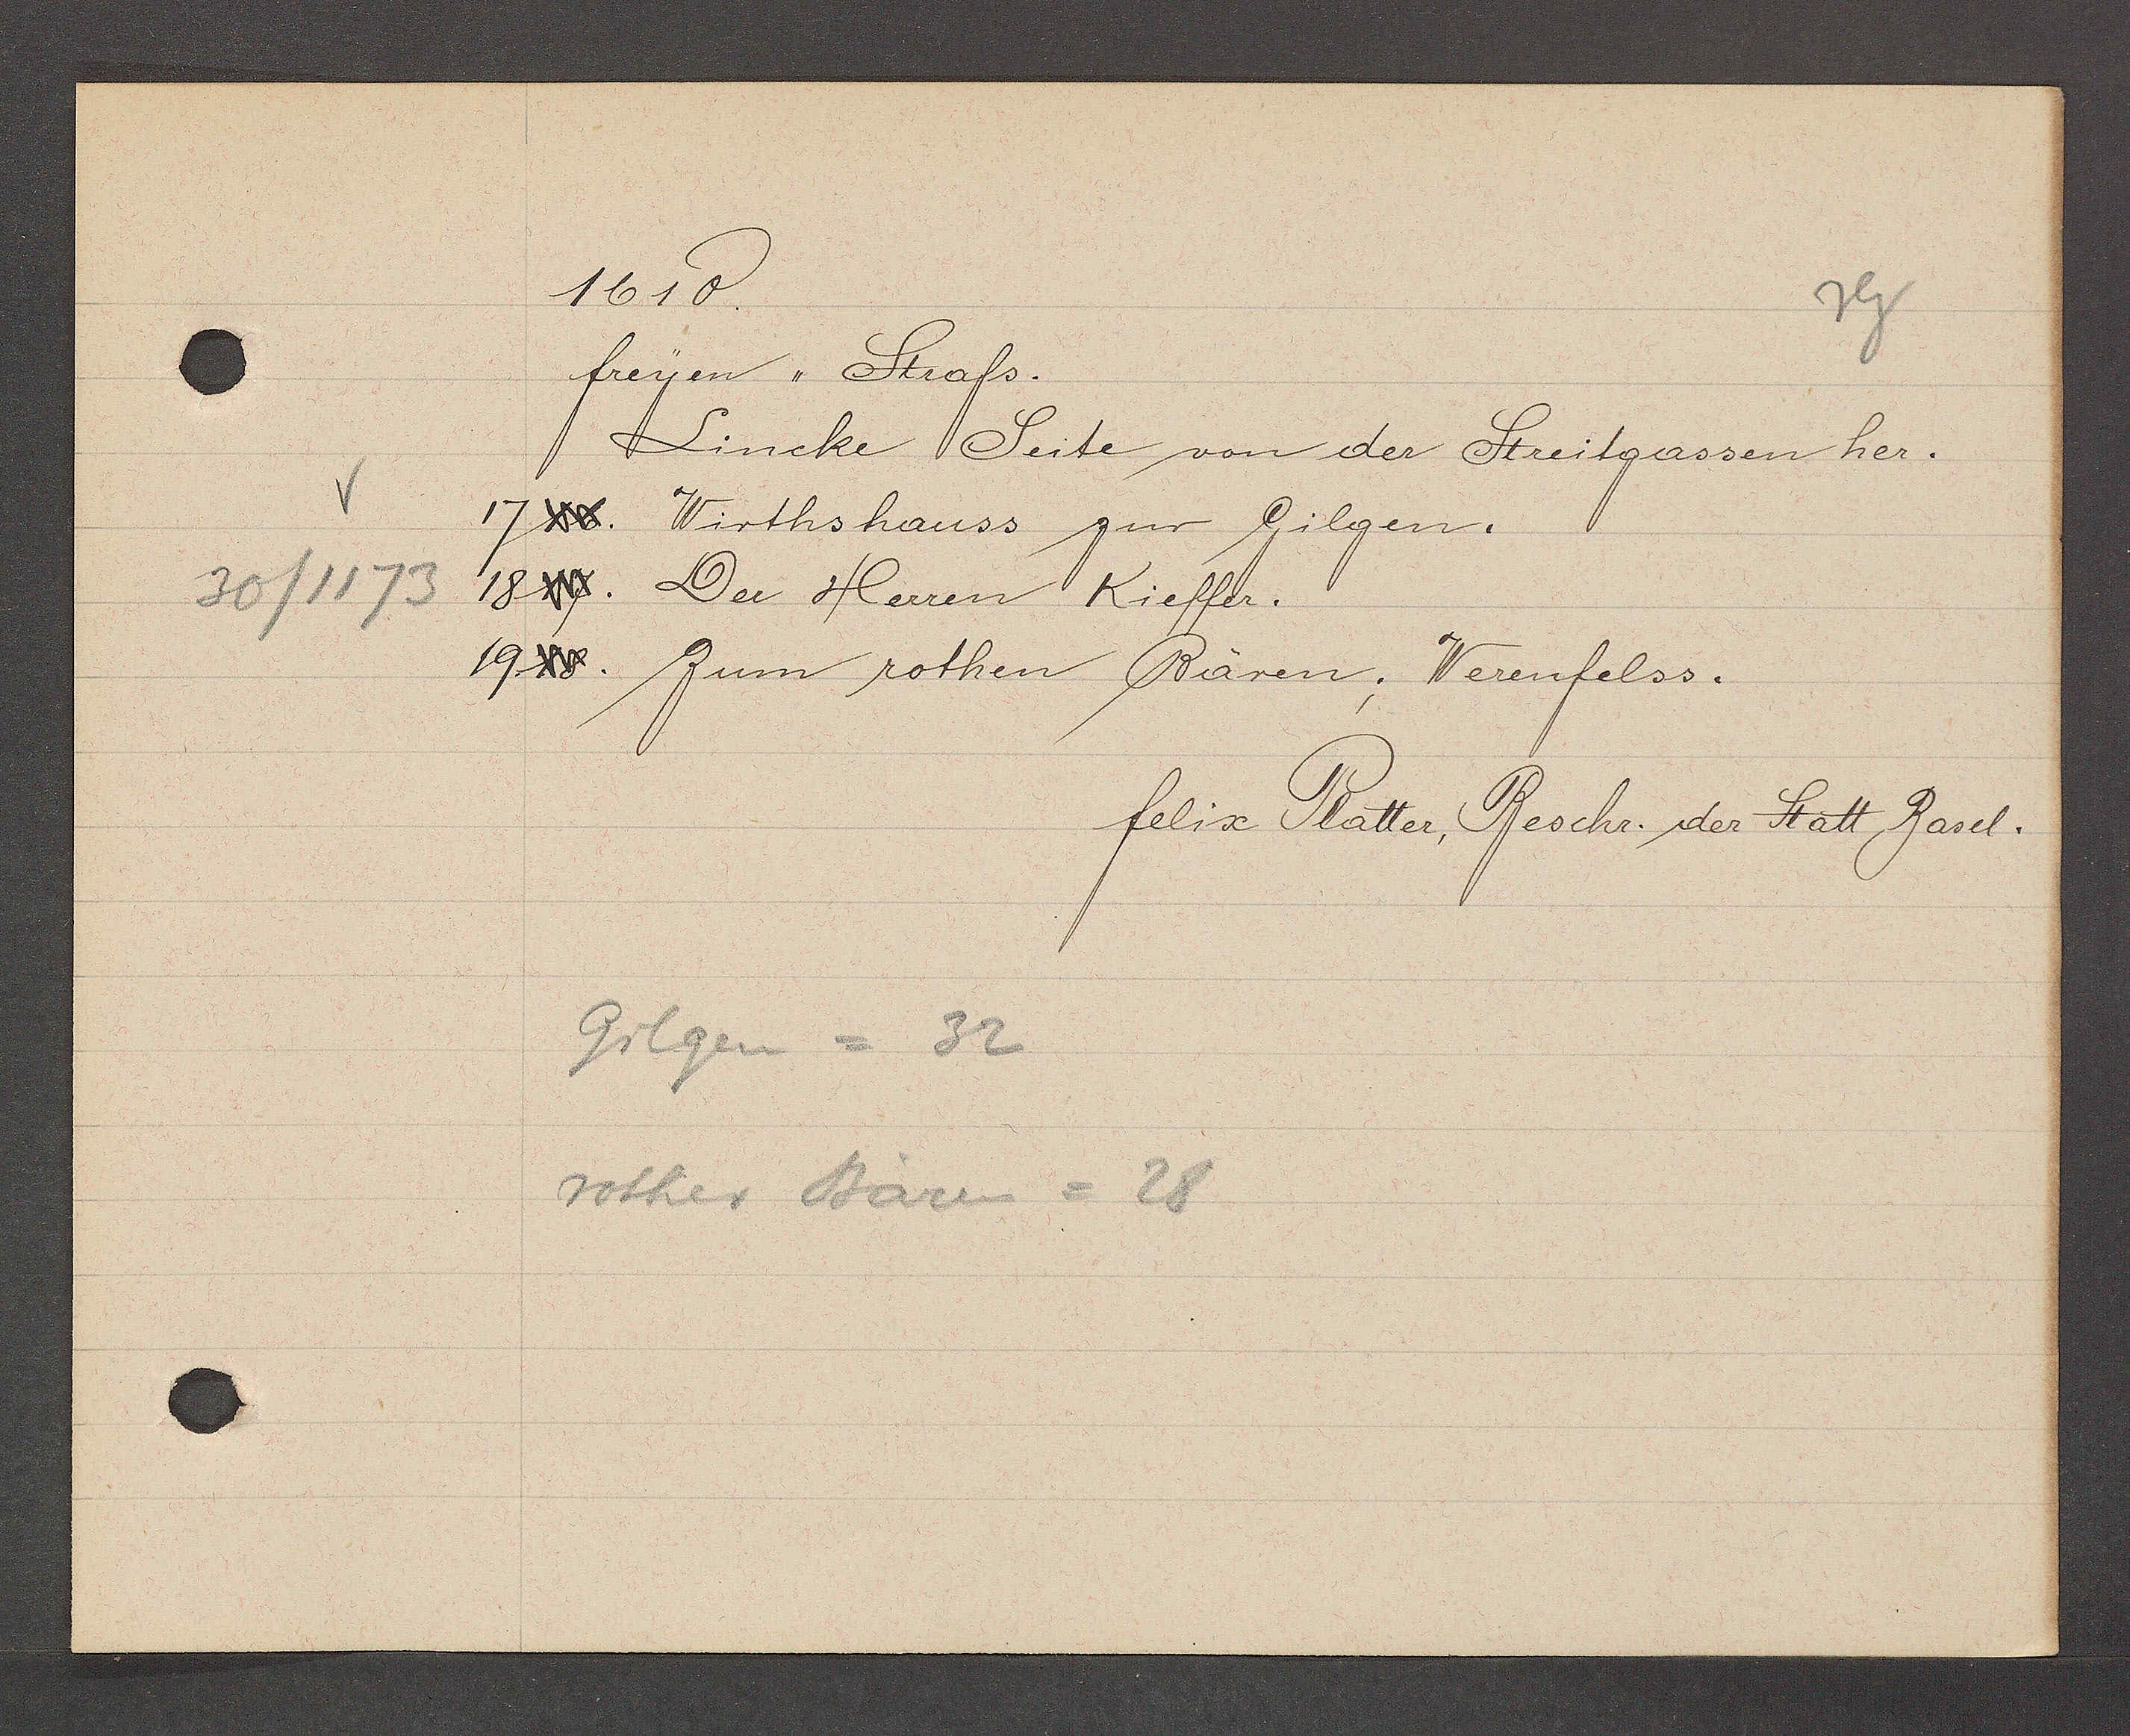
Transcript:
30/1173

1610.

freyen Strass.
Lincke Seite von der Streitgassen her.
1716. Wirthshauss zur Gilgen.
1817. Dr Herren Kieffer.
1918. Zum rothen Bären; Werenfelss.

Gilgen = 32
rother Bären = 28

felix Platter, Beschr. der Statt Basel.